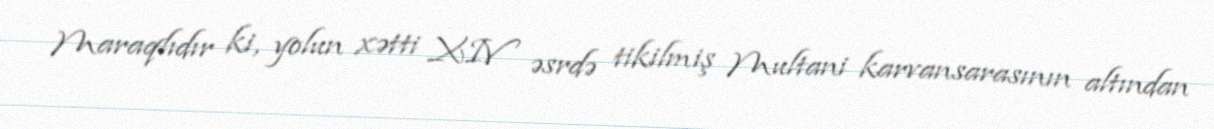
Maraqlıdır ki, yolun xətti XIV əsrdə tikilmiş Multani karvansarasının altından